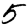
Digit: 5